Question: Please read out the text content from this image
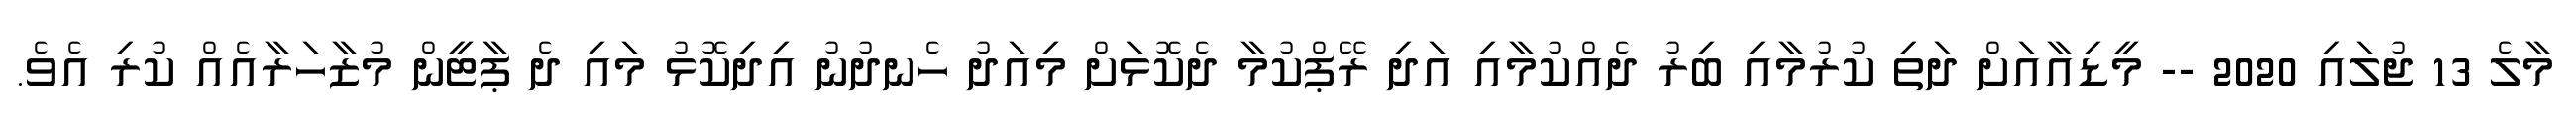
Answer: މާލެ 13 ޖުލައި 2020 -- މީޑިއާއަށް ދަތި ކުރުމާއި ބިރު ދެއްކުމާއި އަދި ރޭޕްކުމާ ދެކޮޅަށް މިއަދު ހެނދުނު އިދިކޮޅު މައި ދެ ޕާޓީން މުޒާހަރާއެއް ކުރި އެވެ.